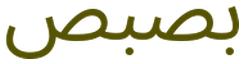
بصبص